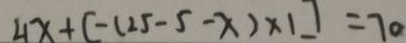
4 x + [ - ( - 2 5 - 5 - x ) \times 1 ] = 7 0